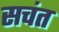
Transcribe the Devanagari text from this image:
सचंत